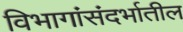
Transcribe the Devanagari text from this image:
विभागांसंदर्भातील